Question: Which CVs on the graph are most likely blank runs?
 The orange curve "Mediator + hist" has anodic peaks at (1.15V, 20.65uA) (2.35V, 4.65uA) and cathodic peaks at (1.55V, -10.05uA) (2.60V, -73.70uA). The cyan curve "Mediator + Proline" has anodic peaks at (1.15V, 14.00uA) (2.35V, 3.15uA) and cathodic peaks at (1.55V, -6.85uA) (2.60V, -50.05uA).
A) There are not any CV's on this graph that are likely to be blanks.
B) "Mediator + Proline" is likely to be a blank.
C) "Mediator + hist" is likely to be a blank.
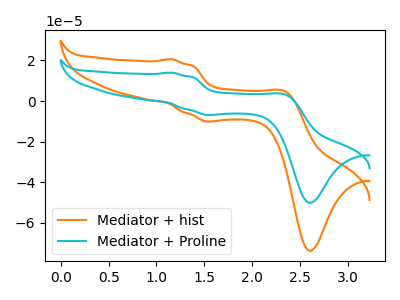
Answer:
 <answer>A) There are not any CV's on this graph that are likely to be blanks.</answer>
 <eval>A</eval>